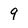
Character: g